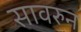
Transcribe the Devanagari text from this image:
सावरुन